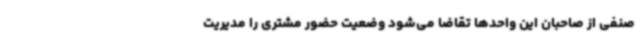
صنفی از صاحبان این واحدها تقاضا می‌شود وضعیت حضور مشتری را مدیریت